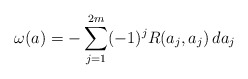
\begin{align*}\omega(a)=-\sum_{j=1}^{2m}(-1)^j R(a_j,a_j)\, da_j\end{align*}